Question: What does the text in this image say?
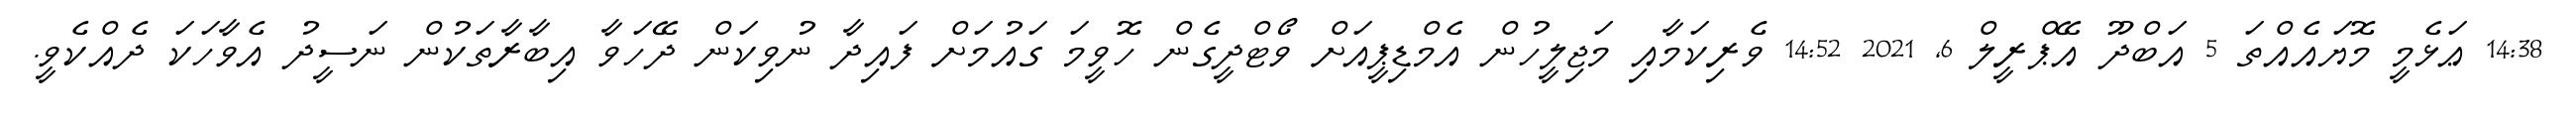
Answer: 14:38 ޢަޅެމީ މޮޔައެއްތަ 5 އަބްދޫ އޭޕްރީލް 6, 2021 14:52 ވެރިކަމާއި މަޖިލީހުން އެމްޑިޕީއަށް ވޯޓްދީގެން ހޮވީމަ ގައުމަށް ފައިދާ ނުވިކަން ދޭހަވާ އިބާރާތަކުން ނަސީދު އެވާހަކަ ދެއްކެވީ.